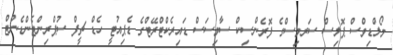
މޯލްޑިވްސް ޕޮލިސް ސަރވިސްގެ ފޮރެންސިކް ސާވިސަސް ޑައިރެކްޓްރޭޓްގެ ޑެޕިއުޓީ ހެޑް ޗީފް ސުޕްރިންޓެންޑެންޓް